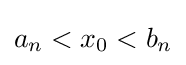
a_{n}<x_{0}<b_{n}